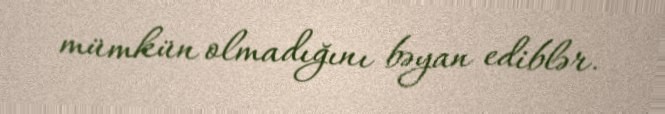
mümkün olmadığını bəyan ediblər.